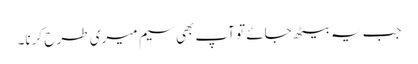
جب یہ بیٹھ جائے تو آپ بھی سیم میری طر ح کرنا۔